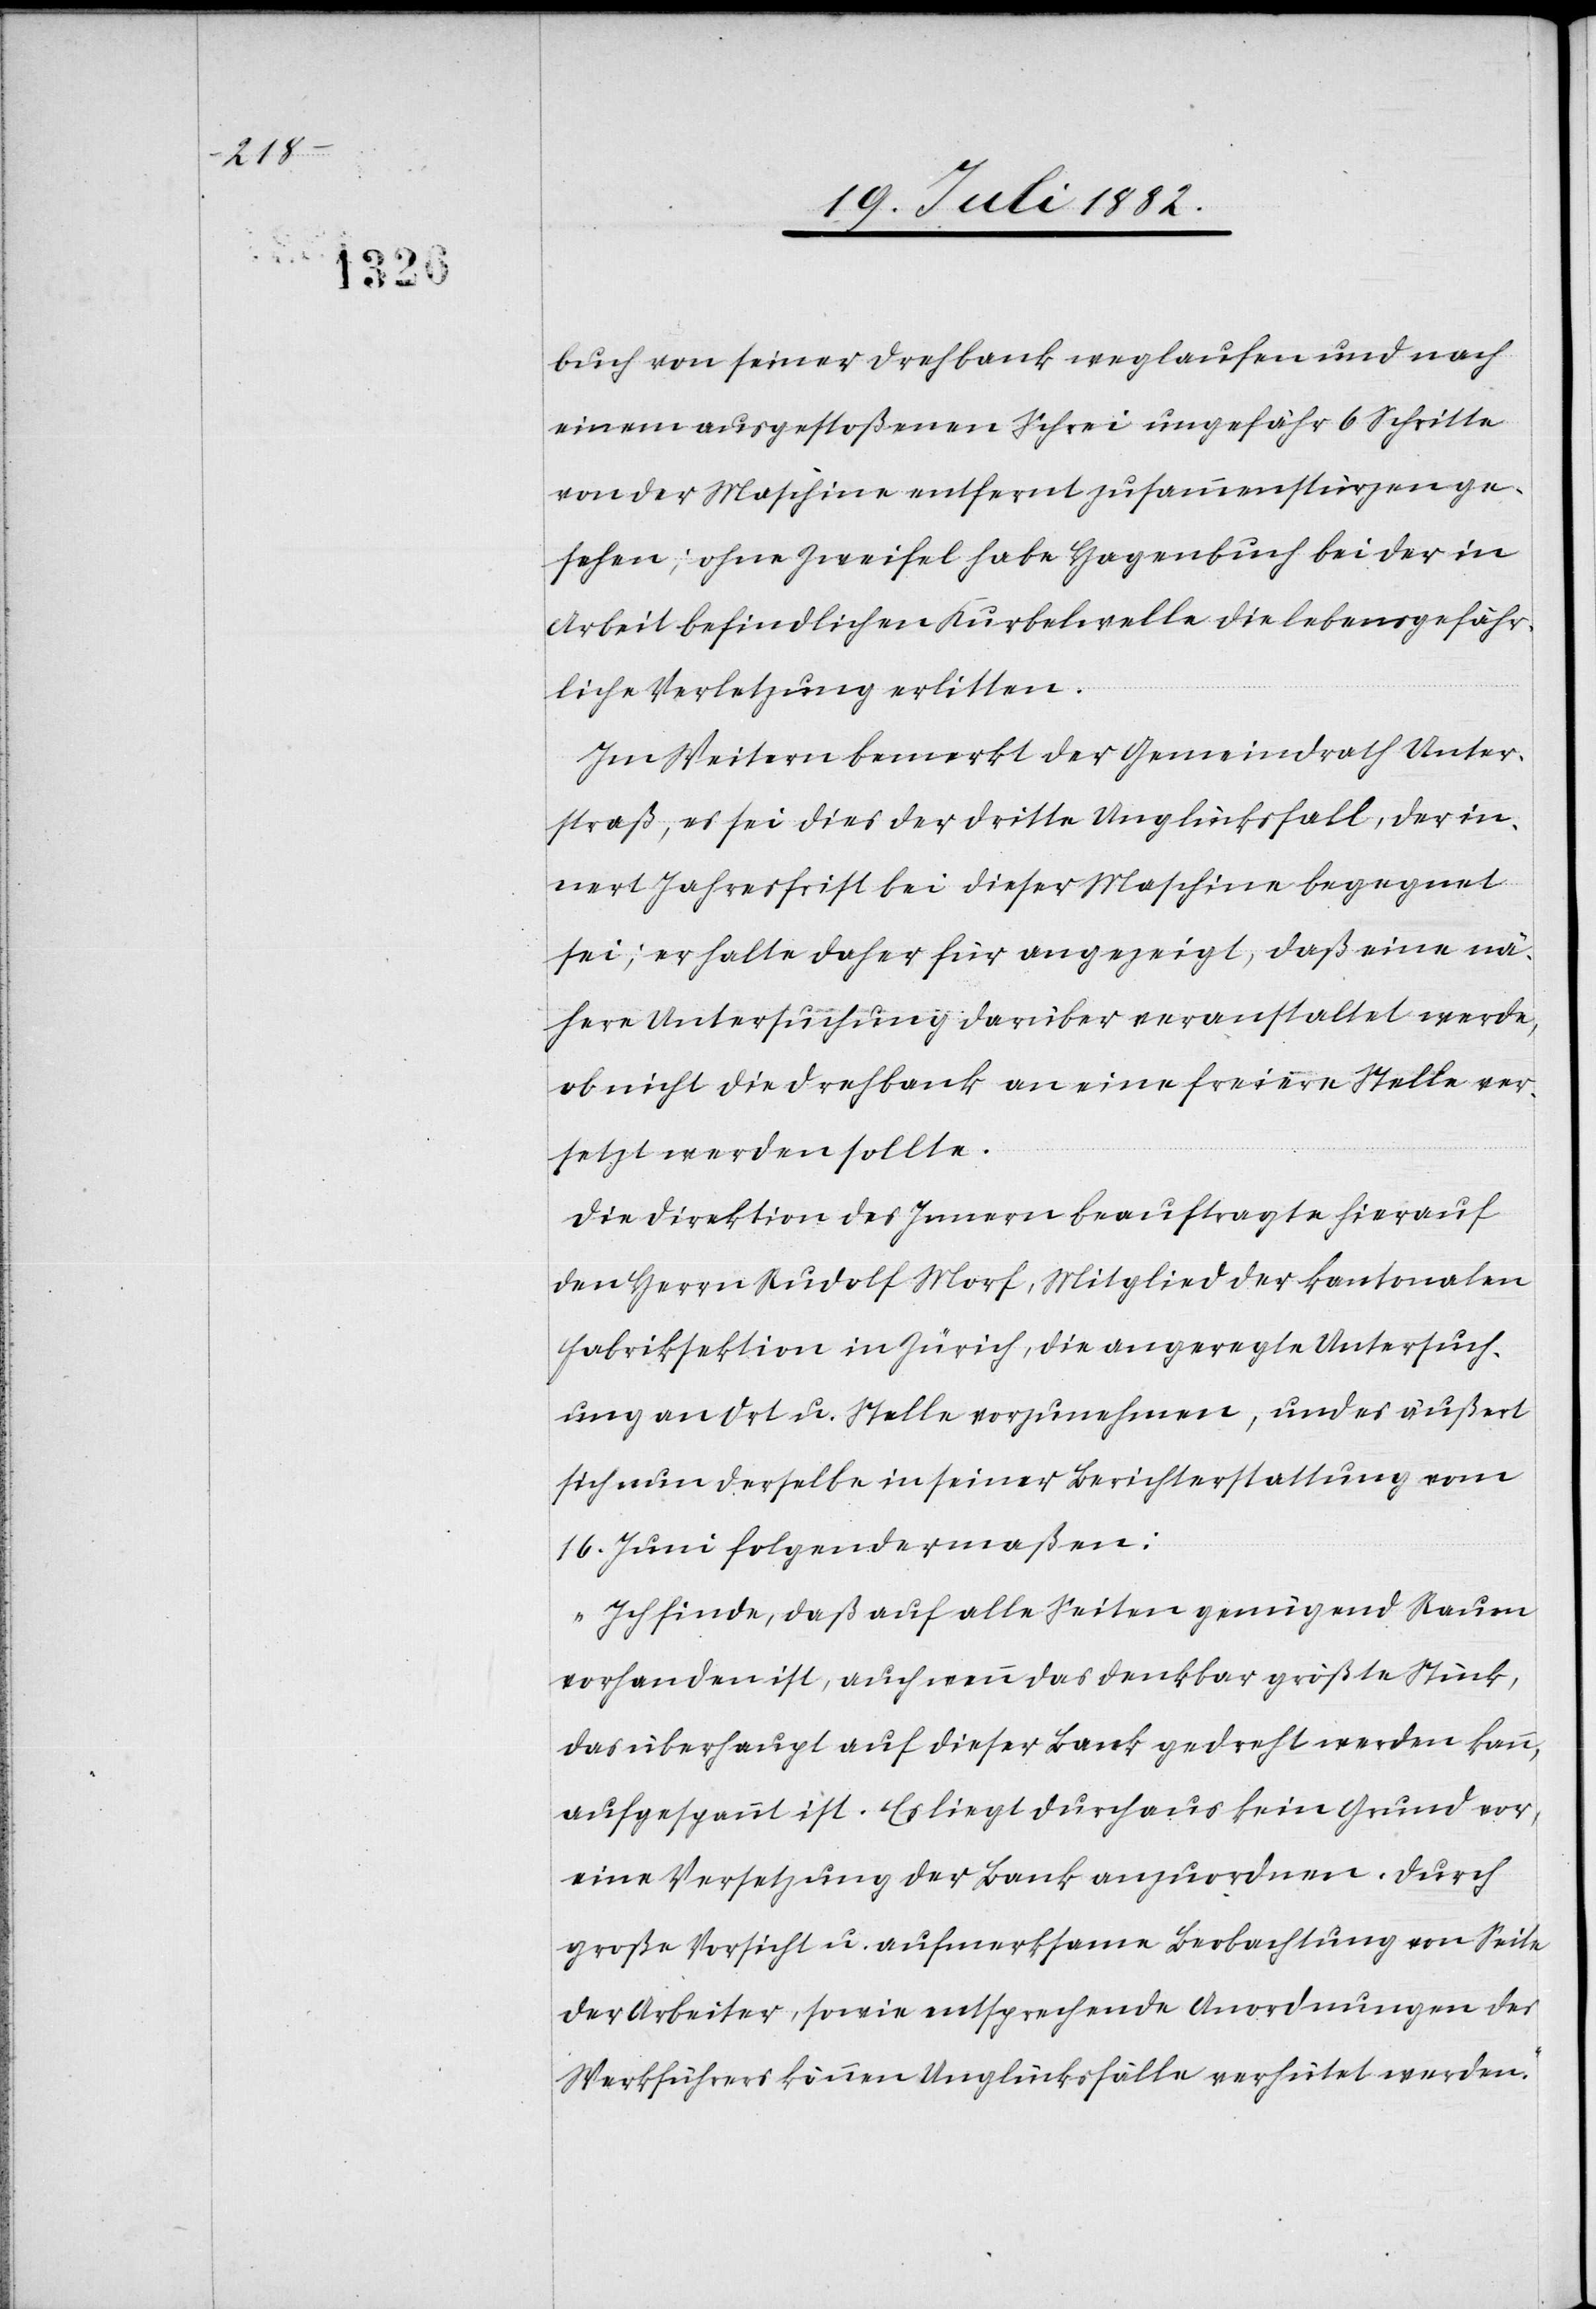
buch von seiner Drehbank weglaufen und nach
einem ausgestoßenen Schrei ungefähr 6 Schritte
von der Maschine entfernt zusammenstürzen ge¬
sehen; ohne Zweifel habe Hagenbuch bei der in
Arbeit befindlichen Kurbelwelle die lebensgefähr¬
liche Verletzung erlitten.
Im Weitern bemerkt der Gemeindrath Unter¬
straß, es sei dies der dritte Unglücksfall, der in¬
nert Jahresfrist bei dieser Maschine begegnet
sei; er halte daher für angezeigt, daß eine nä¬
here Untersuchung darüber veranstaltet werde,
ob nicht die Drehbank an eine freiere Stelle ver¬
setzt werden sollte.
Die Direktion des Innern beauftragte hierauf
den Herrn Rudolf Morf, Mitglied der kantonalen
Fabriksektion in Zürich, die angeregte Untersuch¬
ung an Ort u. Stelle vorzunehmen, und es äußert
sich nun derselbe in seiner Berichterstattung vom
16. Juni folgendermaßen:
„Ich finde, daß auf alle Seiten genügend Raum
vorhanden ist, auch wenn das denkbar größte Stück,
das überhaupt auf dieser Bank gedreht werden kann,
ausgespannt ist. Es liegt durchaus kein Grund vor,
eine Versetzung der Bank anzuordnen. Durch
große Vorsicht u. aufmerksame Beobachtung von Seite
der Arbeiter, sowie entsprechende Anordnungen des
Werkführers können Unglücksfälle verhütet werden.“